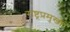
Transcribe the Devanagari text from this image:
राष्ट्रप्रमुखों